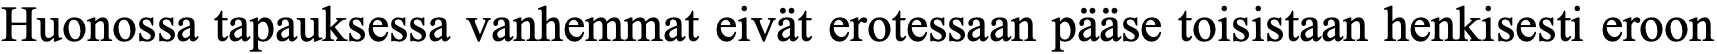
Huonossa tapauksessa vanhemmat eivät erotessaan pääse toisistaan henkisesti eroon